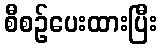
စီစဉ်ပေးထားပြီး